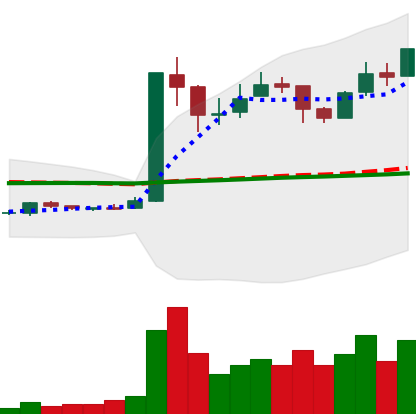
Ticker: LTC-USD
Chart end date: 2017-01-04
Forward return: -11.077%
Label: down_7plus